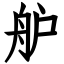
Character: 舮